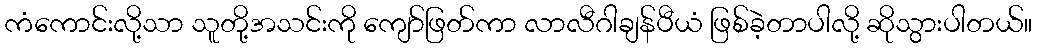
ကံကောင်းလို့သာ သူတို့အသင်းကို ကျော်ဖြတ်ကာ လာလီဂါချန်ပီယံ ဖြစ်ခဲ့တာပါလို့ ဆိုသွားပါတယ်။